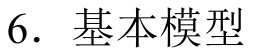
6. 基本模型